King Institute of Preventive Medicine Micro-Biological Section reports 1912-19
Year: 1912
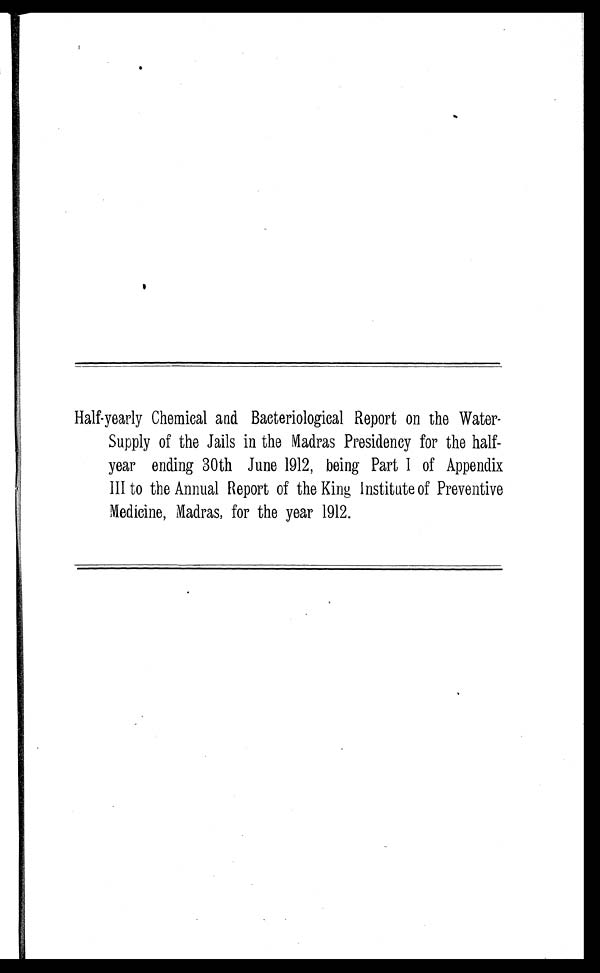
Half-yearly Chemical and Bacteriological Report on the Water-
Supply of the Jails in the Madras Presidency for the half-
year ending 30th June 1912, being Part I of Appendix
III to the Annual Report of the King Institute of Preventive
Medicine, Madras, for the year 1912.